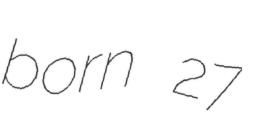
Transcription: born 27